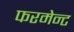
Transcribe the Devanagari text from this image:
फरमेन्ट